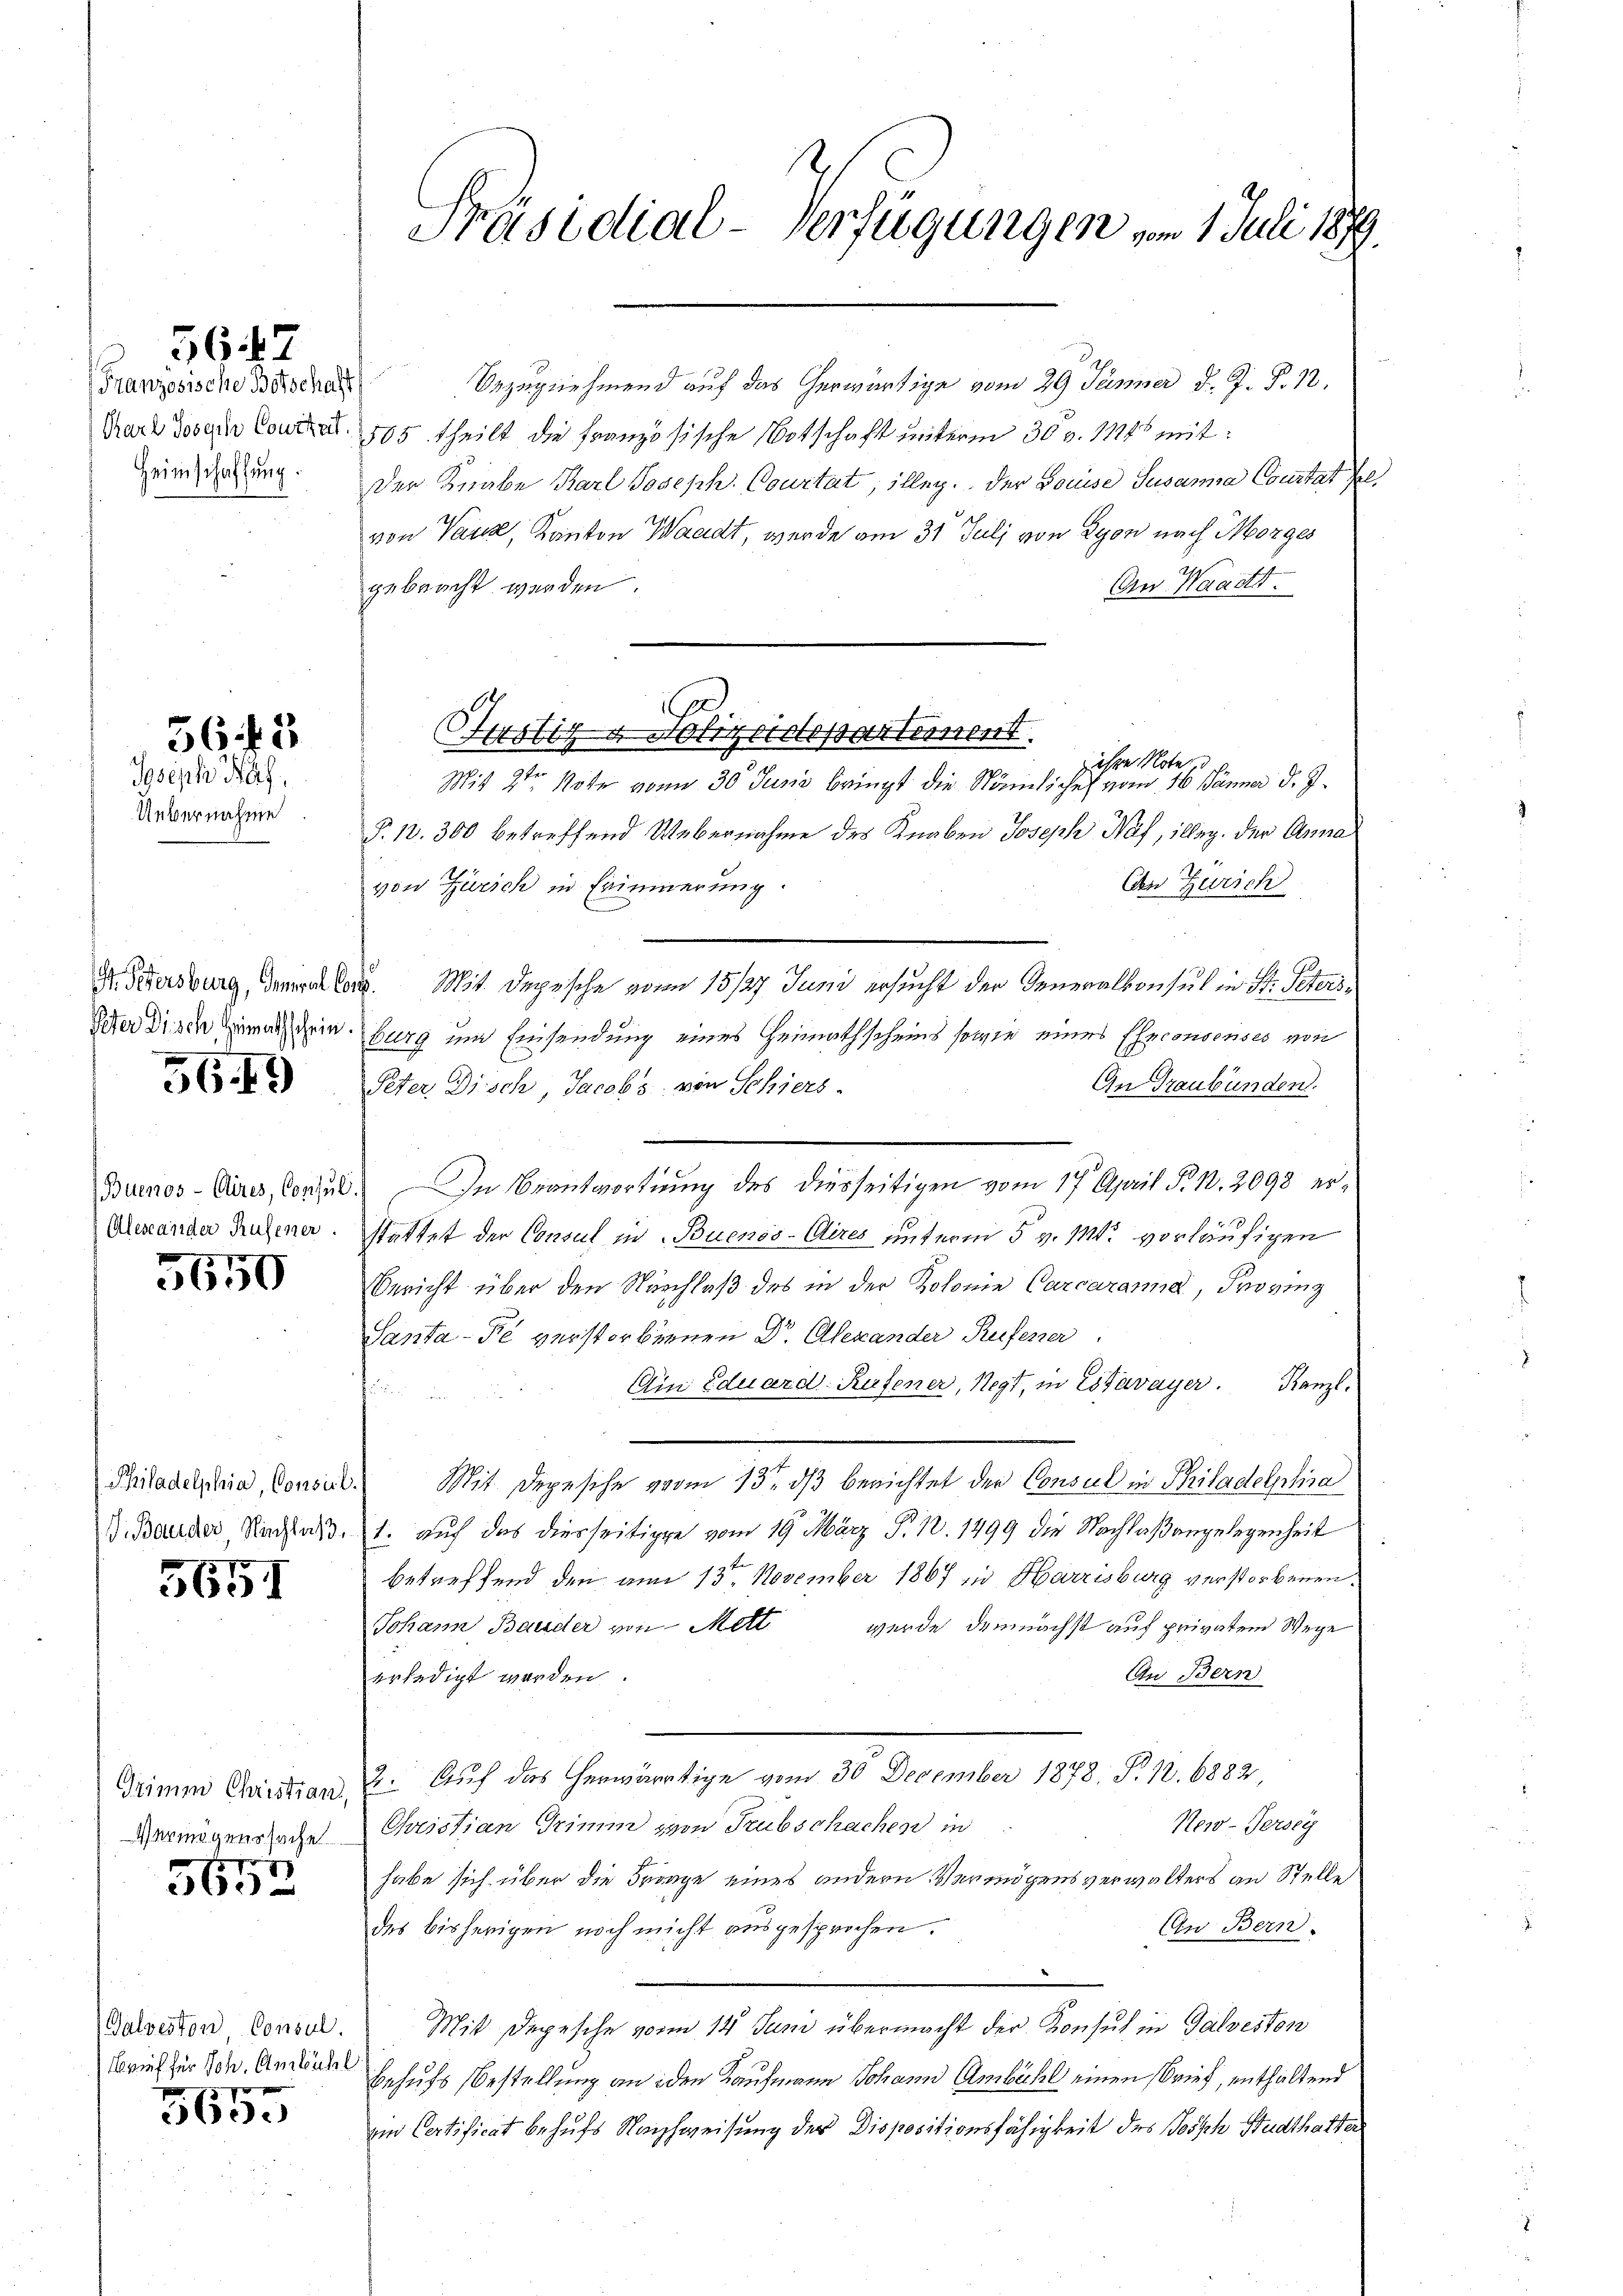
Französische Botschaft)
Karl Joseph Coustrit

5647

563

Joseph Raf
Uebernahme.

St. Petersburg, General Corp
Peter Disch Heimathschein.

56.49)

Buenos-Aires, Consul
Alescander Rufener.

157
3650

Philadelphia, Consil.
J. Bauder Nachlaß

5651

Grimm Christian,
Vermögenssache

5652

Galveston Consul
Brief für Joh. Ambühl

565.

Präsidial-Verfügungen vom 1 Juli 1879.

Bezugnehmend auf das herwärtige vom 29. Jänner d. J. P. 12.
505 theilt die französische Botschaft unterm 30 v. 114 mit:
Heimschaftung. Der Knabe Karl Joseph. Courtat, illeg. Der Bouise Susanna Coustat fl.
von Vaud, Kanton Waadt, werde am 31 Juli von Lyon nach Morges
gebracht werden.
An Waadt.
ihre Note d
a
Mit 2ten Note vom 30. Juni bringt die Nämliches vom 16. Jänner d. J.
§. 13. 300 betreffend Webernahme des Knaben Joseph Näf, illeg. der Anna
Cn Zürich
von Zürich in Erinnerung.
 Mit Depesche von 15/27. Juni ersucht der Generalkonsul in St. Petersburg und Einsendung eines Heimathscheins sowie eines Eheconsenses von
An Graubünden.
Peter Disch, Jacobs von Schiers.
In Beantwortung des diesseitigen vom 17. April S. 10. 2098 er¬

stattet der Consul in Buenos-Aires unterm 5 v. M. vorläufigen
Bericht über den Nachlaβ des in der Kolonie Carcaranna, Provinz
Santa-Pe verstorbenen Dr. Alexander Rufener
Ein Eduard Rufener, Negt, in Estavayer. Kanzl.
Mit Depesche vom 13. dβ berichtet der Consul in Priladelphia
1. auf das diesseitige vom 19. März Sr. n. 1499 die Nachlaßangelegenheit
betreffend den am 13. November 1867 in Harrisburg verstorbenen
Johann Bauder von Mett wurde demnächst auf privatem Wege
An Bern
erledigt werden
2. Auf das herwärtige vom 30. December 1878; P. 12. 6882
New-Jersey
Quistian Grimm von Trübschachen in
habe sich über die Frage eines andern Vermögensverwalters an Stelle
An Bern.
des bisherigen noch nicht ausgesprochen.
Mit Depesche vom 14. Juni übermacht der Konsul in Galvesten
behufs Bestellung an den Kaufmann Johann Ambühl einen Brief, enthaltend
vin Certificat behufs Nachweisung der Dispositionsfähigkeit des Posch Stadthatten

J
sich blicitatement